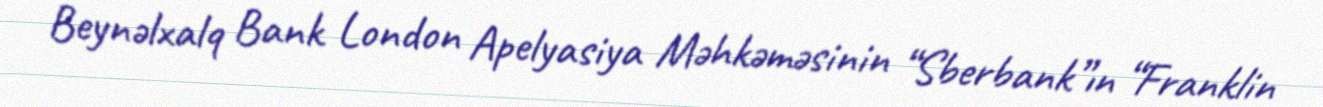
Beynəlxalq Bank London Apelyasiya Məhkəməsinin “Sberbank”ın “Franklin